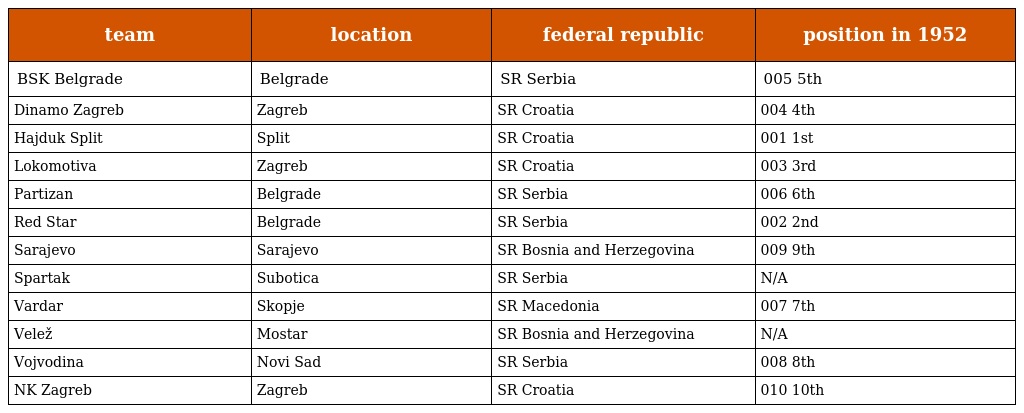
| team | location | federal republic | position in 1952 |
 | --- | --- | --- | --- |
 | BSK Belgrade | Belgrade | SR Serbia | 005 5th |
 | Dinamo Zagreb | Zagreb | SR Croatia | 004 4th |
 | Hajduk Split | Split | SR Croatia | 001 1st |
 | Lokomotiva | Zagreb | SR Croatia | 003 3rd |
 | Partizan | Belgrade | SR Serbia | 006 6th |
 | Red Star | Belgrade | SR Serbia | 002 2nd |
 | Sarajevo | Sarajevo | SR Bosnia and Herzegovina | 009 9th |
 | Spartak | Subotica | SR Serbia | N/A |
 | Vardar | Skopje | SR Macedonia | 007 7th |
 | Velež | Mostar | SR Bosnia and Herzegovina | N/A |
 | Vojvodina | Novi Sad | SR Serbia | 008 8th |
 | NK Zagreb | Zagreb | SR Croatia | 010 10th |